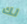
لك